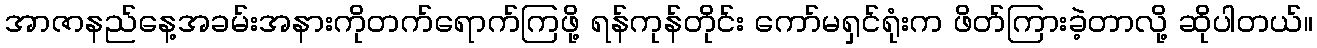
အာဇာနည်နေ့အခမ်းအနားကိုတက်ရောက်ကြဖို့ ရန်ကုန်တိုင်း ကော်မရှင်ရုံးက ဖိတ်ကြားခဲ့တာလို့ ဆိုပါတယ်။